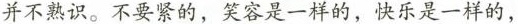
并不熟识，不要景的，笑容是一样的，快乐是一样的，